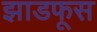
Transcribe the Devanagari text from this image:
झाडफूस